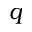
q